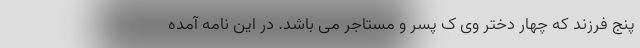
پنج فرزند که چهار دختر وی ک پسر و مستاجر می باشد. در این نامه آمده